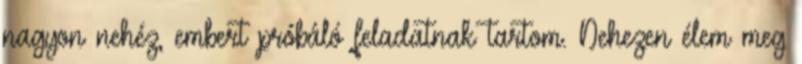
nagyon nehéz, embert próbáló feladatnak tartom. Nehezen élem meg